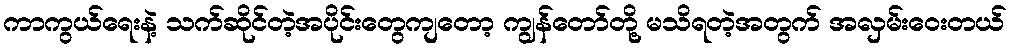
ကာကွယ်ရေးနဲ့ သက်ဆိုင်တဲ့အပိုင်းတွေကျတော့ ကျွန်တော်တို့ မသိရတဲ့အတွက် အလှမ်းဝေးတယ်